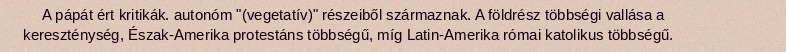
A pápát ért kritikák. autonóm "(vegetatív)" részeiből származnak. A földrész többségi vallása a kereszténység, Észak-Amerika protestáns többségű, míg Latin-Amerika római katolikus többségű.